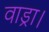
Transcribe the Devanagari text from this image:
वाड्रा।